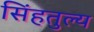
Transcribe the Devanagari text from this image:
सिंहतुल्य